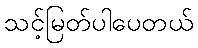
သင့်မြတ်ပါပေတယ်